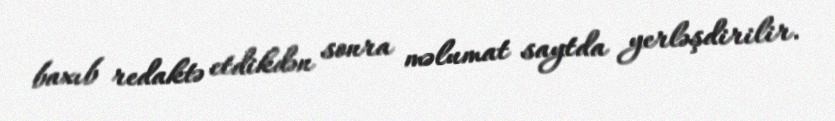
baxıb redaktə etdikdən sonra məlumat saytda yerləşdirilir.